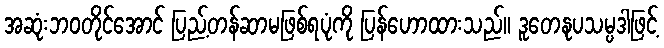
အဆုံးဘဝတိုင်အောင် ပြည့်တန်ဆာမဖြစ်ရပုံကို ပြန်ဟောထားသည်။ ဒူတေနုပသမ္ပဒါဖြင့်